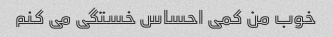
خوب من کمی احساس خستگی می کنم